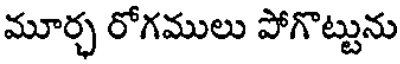
మూర్చ రోగములు పోగొట్టును